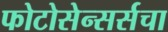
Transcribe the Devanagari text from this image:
फोटोसेन्सर्सचा